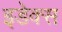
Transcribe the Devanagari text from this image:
इडेक्स